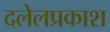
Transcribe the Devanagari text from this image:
दलेलप्रकाश